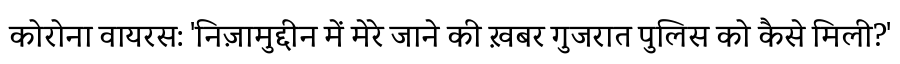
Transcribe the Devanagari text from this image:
कोरोना वायरस: 'निज़ामुद्दीन में मेरे जाने की ख़बर गुजरात पुलिस को कैसे मिली?'